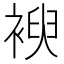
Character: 𮖜